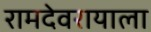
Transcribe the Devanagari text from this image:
रामदेवरायाला